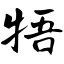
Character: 牾